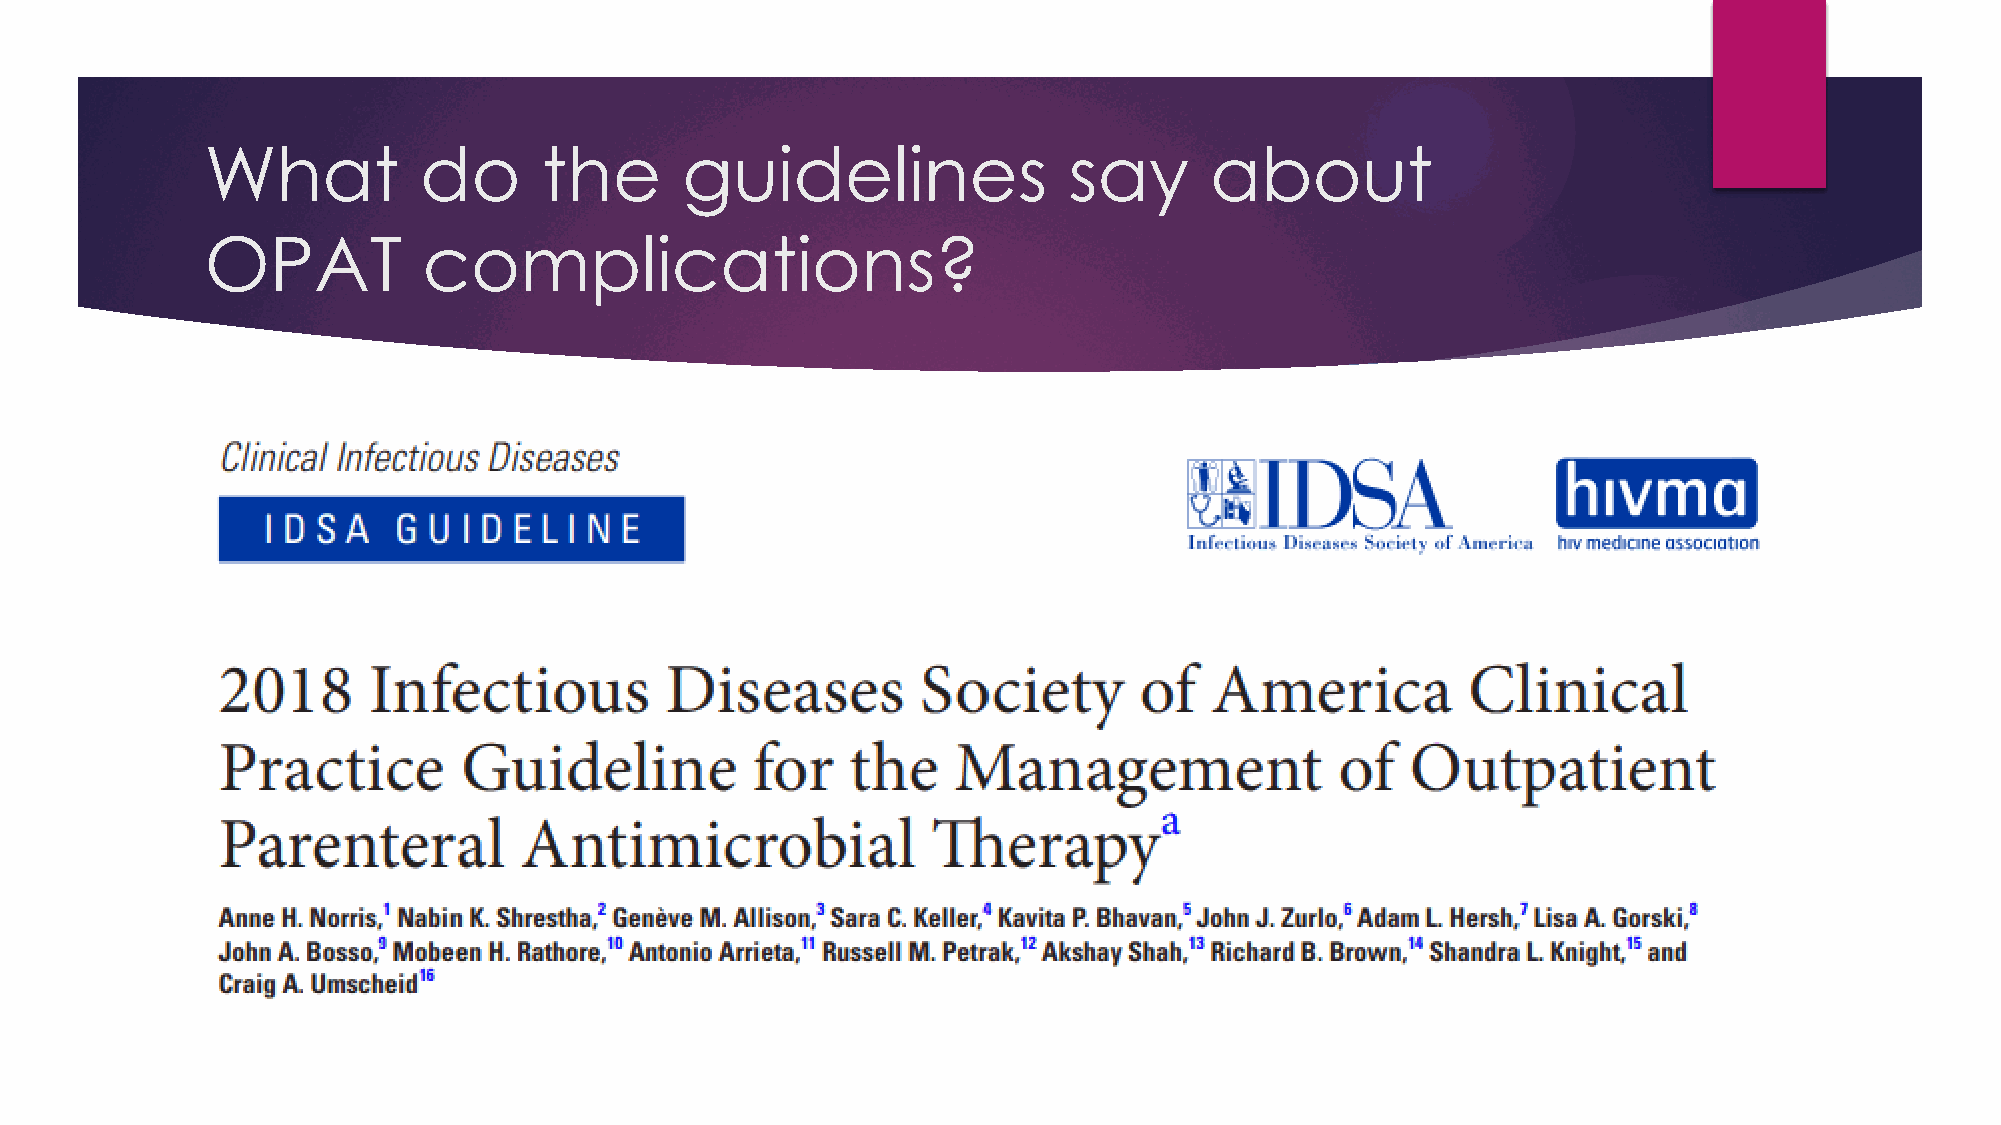
What          do      the      guidelines                say      about
 OPAT          complications?